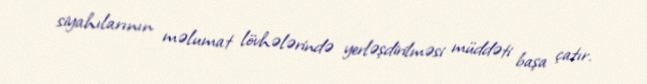
siyahılarının məlumat lövhələrində yerləşdirilməsi müddəti başa çatır.